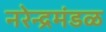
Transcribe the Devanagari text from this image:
नरेन्द्रमंडळ